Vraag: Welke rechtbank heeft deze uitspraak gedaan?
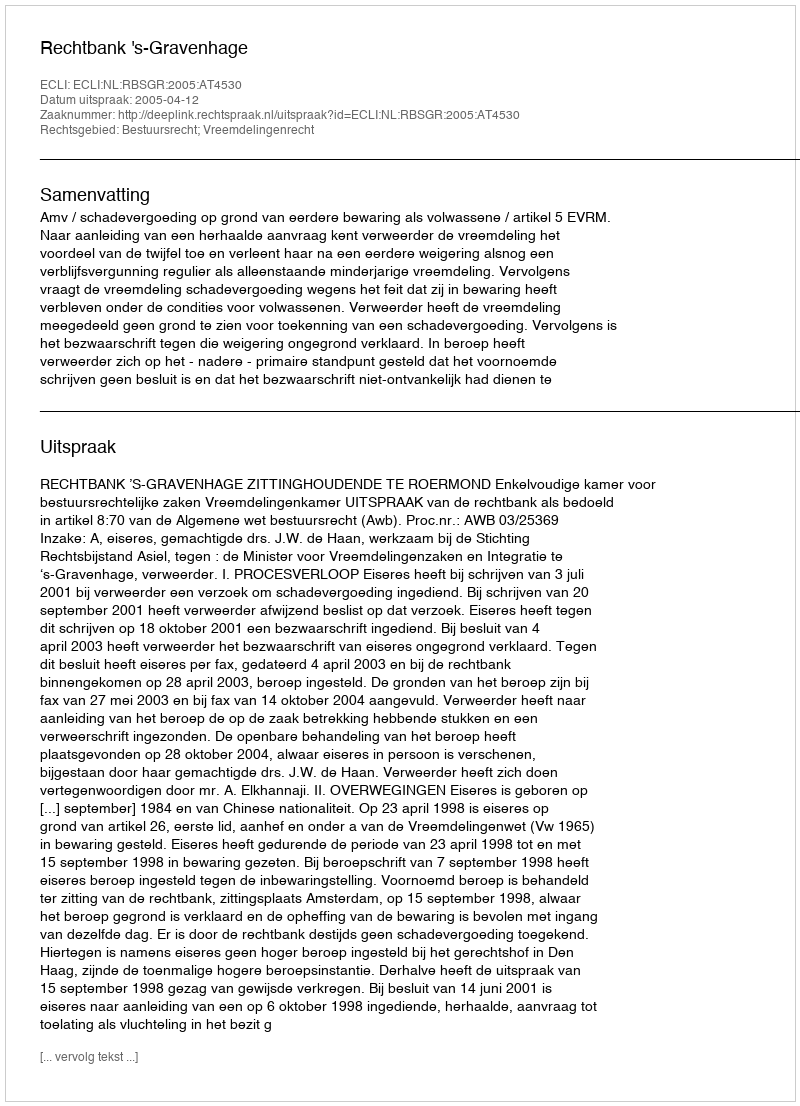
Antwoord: Rechtbank 's-Gravenhage